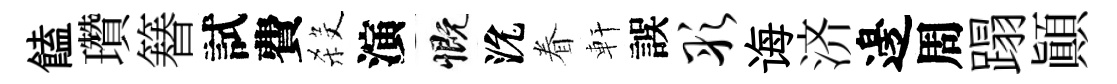
饁瓚簮試費殺演慨沇眷軒誤彤诲济邊周蹋顛